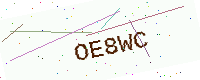
Text: OE8WC